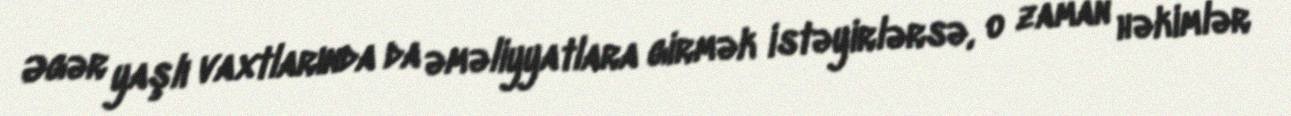
Əgər yaşlı vaxtlarında da əməliyyatlara girmək istəyirlərsə, o zaman həkimlər